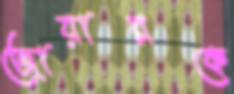
জোয়ারকে